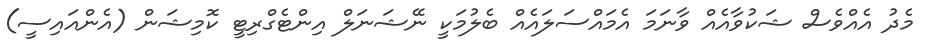
މެދު އެއްވެސް ޝަކުވާއެއް ވާނަމަ އެމައްސަލައެއް ބެލުމަކީ ނޭޝަނަލް އިންޓެގްރިޓީ ކޮމިޝަން (އެންއައިސީ)